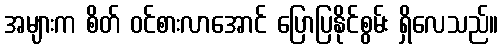
အများက စိတ် ဝင်စားလာအောင် ပြောပြနိုင်စွမ်း ရှိလေသည်။